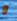
و